Annual report on the Civil Veterinary Department, Burma (including the Insein Veterinary School) - 1923-1931
Year: 1923
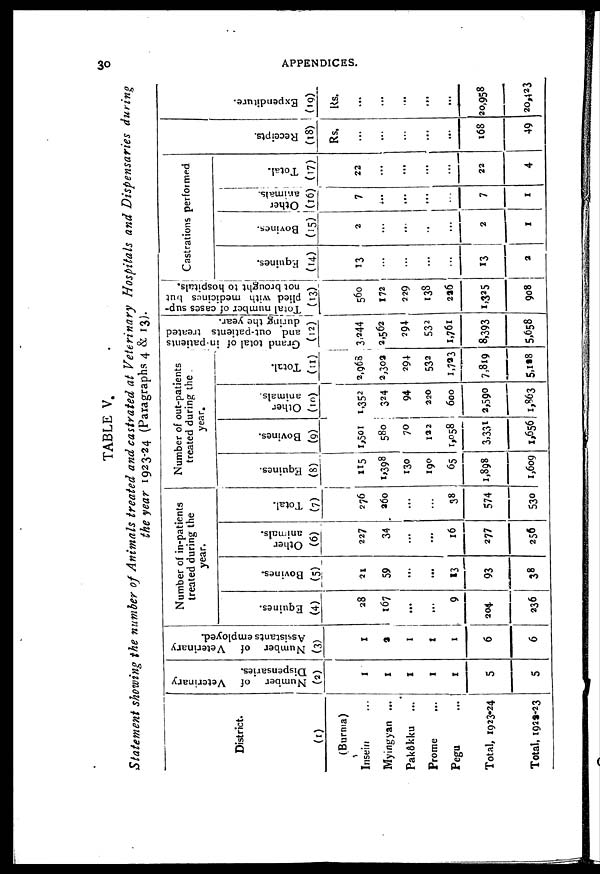
30
APPENDICES.
TABLE V.
Statement showing the number of Animals treated and castrated at Veterinary Hospitals and Dispensaries
during
the year 1923-24 (Paragraphs 4 & 13).
District.
(1)
(Burma)
Insein ...
Myingyan ...
Pakôkku ...
Prome ...
Pegu
...
Total, 1923-24
Total, 1928-23
Number of Veterinary
Dispensaries.
(2)
1
1
1
1
1
5
5
Number of
Veterinary
Assistants employed.
(3)
1
3
1
1
1
6
6
Number of in-patients
treated during the
year.
Equines.
(4)
28
167
...
...
9
204
236
Bovines.
(5)
21
59
...
...
13
93
38
Other
animals.
(6)
227
34
...
...
16
277
256
Total.
(7)
276
260
...
...
38
574
530
Number of out-patients
treated during the
year.
Equines.
(8)
115
1,398
130
190
65
1,898
1,609
Bovines.
(9)
1,501
580
70
122
1,058
3,331
1,656
Other
animals.
(10)
1,352
324
94
220
600
2,590
1,863
Total.
(11)
2,960
2,302
294
532
1,723
7,819
5,128
Grand total of in-patients
and out-patients treated
during the year.
(12)
3,244
2,562
294
532
1,761
8,393
5,658
Total number of cases sup-
plied with medicines hut
not brought to hospitals.
(13)
560
172
229
138
226
1,335
908
Castrations performed
Equines.
(14)
13
...
...
...
...
13
2
Bovines.
(15)
2
...
...
..
...
2
1
Other
animals.
(16)
7
...
...
...
...
7
1
Total.
(17)
22
...
...
...
...
22
4
Receipts.
(18)
Rs.
...
...
...
...
...
168
49
Expendi t
ur e.
(19)
Rs.
...
...
...
...
...
20,958
20,423